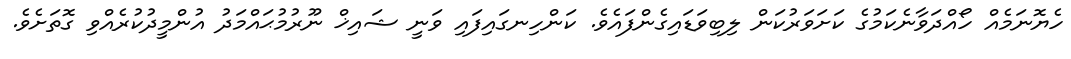
ހެޔޮނަމެއް ހޯއްދަވާނެކަމުގެ ކަށަވަރުކަން ލިބިވަޑައިގެންފައެވެ. ކަންހިނގައިފައި ވަނީ ޝައިޚް ނޫރުމުޙައްމަދު އުންމީދުކުރެއްވި ގޮތަށެވެ.